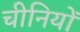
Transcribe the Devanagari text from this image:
चीनियाें